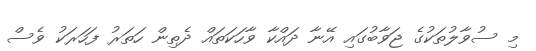
މި ސުވާލުތަކުގެ ޖަވާބުގައި އޭނާ ދައްކާ ވާހަކަތައް ދެތިން ހަތަރު ފަހަރަކު ވެސް